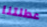
عطلتنا